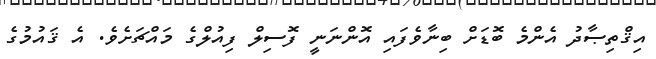
އިޤްތިޞާދު އެންމެ ބޮޑަށް ބިނާވެފައި އޮންނަނީ ފޮސިލް ފިއުލްގެ މައްޗަށެވެ. އެ ޤައުމުގެ